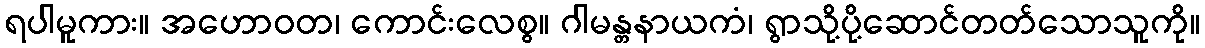
ရပါမူကား။ အဟောဝတ၊ ကောင်းလေစွ။ ဂါမန္တနာယကံ၊ ရွာသို့ပို့ဆောင်တတ်သောသူကို။